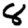
Digit: 8